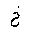
Letter: _kha